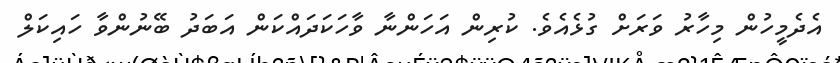
އެދެމީހުން މިހާރު ވަރަށް ގުޅެއެވެ. ކުރިން އަހަންނާ ވާހަކަދައްކަން އަބަދު ބޭނުންވާ ހައިކަލް